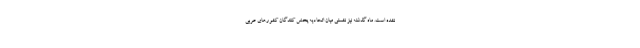
نشده است. ماه گذشته نیز نشستی میان اتحادیه پخش کنندگان کشورهای عربی